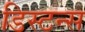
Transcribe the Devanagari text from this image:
डिस्टन्स